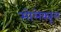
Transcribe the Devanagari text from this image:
मोलेक्यूल